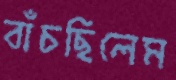
বাঁচছিলেম